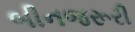
બીનજરૂરી